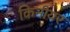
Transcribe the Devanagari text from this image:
किनीयर